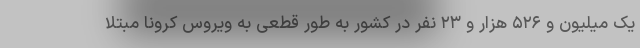
یک میلیون و ۵۲۶ هزار و ۲۳ نفر در کشور به طور قطعی به ویروس کرونا مبتلا